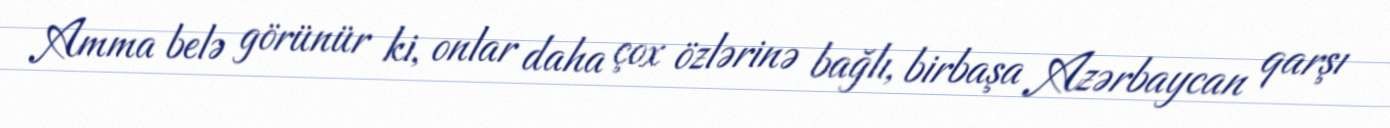
Amma belə görünür ki, onlar daha çox özlərinə bağlı, birbaşa Azərbaycan qarşı